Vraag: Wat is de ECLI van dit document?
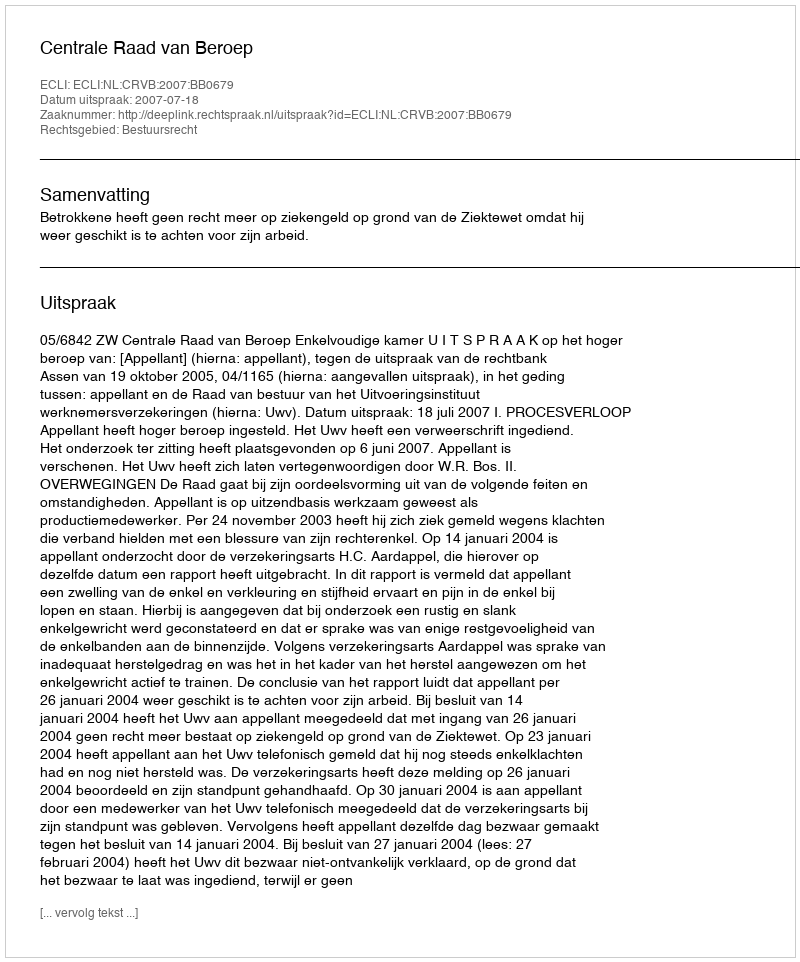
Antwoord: ECLI:NL:CRVB:2007:BB0679